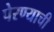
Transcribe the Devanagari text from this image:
पेरण्याची